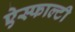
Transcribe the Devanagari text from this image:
ऐस्फाल्टी